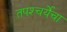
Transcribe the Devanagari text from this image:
तपश्‍चर्येचा